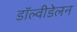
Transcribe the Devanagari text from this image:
डॉल्वीडेलन